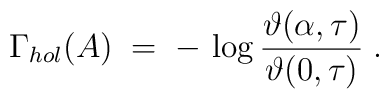
\Gamma_{hol} (A) \;=\; - \, \log \frac{ \vartheta (\alpha, \tau)}{\vartheta (0,\tau)} \; .